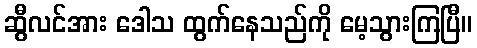
ဆွီလင်အား ဒေါသ ထွက်နေသည်ကို မေ့သွားကြပြီ။